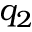
q _ { 2 }